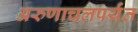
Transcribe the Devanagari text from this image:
अरुणाचलपर्यंत